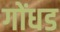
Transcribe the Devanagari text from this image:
गोंधड